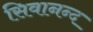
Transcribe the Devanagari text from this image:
सिवानन्द